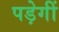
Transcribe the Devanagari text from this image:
पड़ेगीं